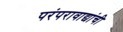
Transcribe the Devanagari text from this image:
परंपरावाद्यांची